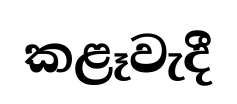
කළෑවැදී